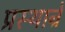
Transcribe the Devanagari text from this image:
प्रस्थान्रे